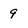
Character: 9